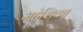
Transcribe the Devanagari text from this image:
महेशिका